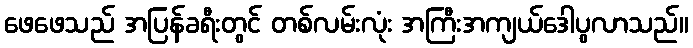
ဖေဖေသည် အပြန်ခရီးတွင် တစ်လမ်းလုံး အကြီးအကျယ်ဒေါပွလာသည်။